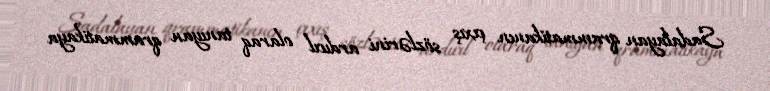
Sadalayan qrammatikanın çıxış sözlərini ardıcıl olaraq tanıyan qrammatikaya